Report on vaccination in Madras 1904-1921 - 1904-1921
Year: 1904
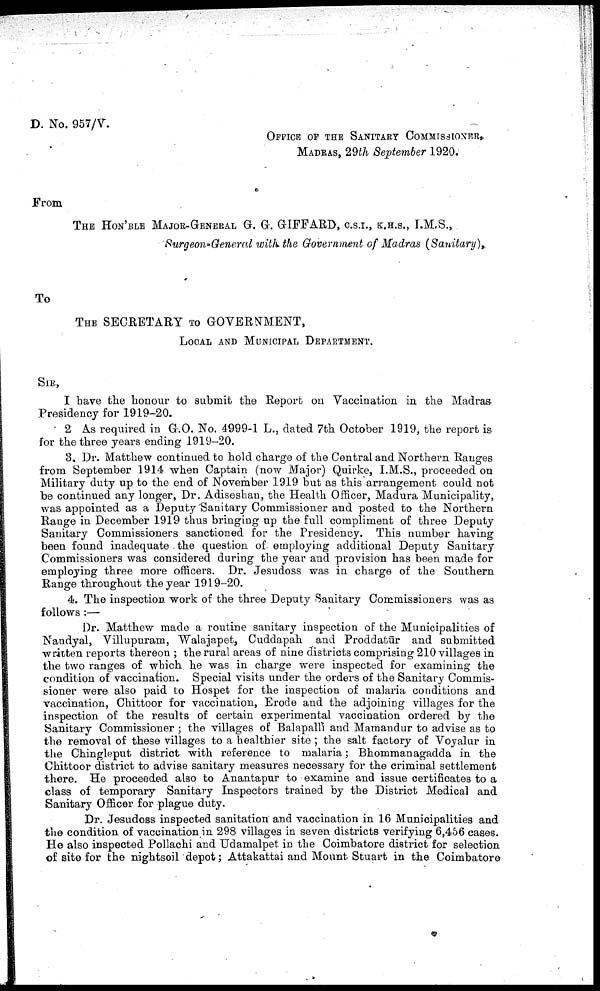
D. No. 957/V.
OFFICE OF THE SANITARY COMMISSIONER,
MADRAS, 29th September 1920.
From
THE HON' BLE MAJOR-GENERAL G. G. GIFFARD, C.S.I., K.H.S., I.M.S.,
Surgeon-General with the Government of Madras (Sanitary),.
To
THE SECRETARY TO GOVERNMENT,
LOCAL AND MUNICIPAL DEPARTMENT.
SIR,
I have the honour to submit the Report on Vaccination in the Madras
Presidency for 1919-20.
2 As required in G.O. No. 4999-1 L., dated 7th October 1919, the report is
for the three years ending 1919-20.
3. Dr. Matthew continued to hold charge of the Central and Northern Ranges
from September 1914 when Captain (now Major) Quirke, I.M.S., proceeded on
Military duty up to the end of November 1919 but as this arrangement could not
be continued any longer, Dr. Adiseshan, the Health Officer, Madura Municipality,
was appointed as a Deputy'Sanitary Commissioner and posted to the Northern
Range in December 1919 thus bringing up the full compliment of three Deputy
Sanitary Commissioners sanctioned for the Presidency. This number having
been found inadequate the question of employing additional Deputy Sanitary
Commissioners was considered during the year and provision has been made for
employing three more officers. Dr. Jesudoss was in charge of the Southern
Range throughout the year 1919-20.
4. The inspection work of the three Deputy Sanitary Commissioners was as
follows :—
Dr. Matthew made a routine sanitary inspection of the Municipalities of
Nandyal, Villupuram, Walajapet, Cuddapah and Proddatūr and submitted
written reports thereon ; the rural areas of nine districts comprising 210 villages in
the two ranges of which he was in charge were inspected for examining the
condition of vaccination. Special visits under the orders of the Sanitary Commis
sioner were also paid to Hospet for the inspection of malaria conditions and
vaccination, Chittoor for vaccination, Erode and the adjoining villages for the
inspection of the results of certain experimental vaccination ordered by the
Sanitary Commissioner ; the villages of Balapalli and Mamandur to advise as to
the removal of these villages to a healthier site; the salt factory of Voyalur in
the Chingleput district with reference to malaria; Bhommanagadda in the
Chittoor district to advise sanitary measures necessary for the criminal settlement
there. He proceeded also to Anantapur to examine and issue certificates to a
class of temporary Sanitary Inspectors trained by the District Medical and
Sanitary Officer for plague duty.
Dr. Jesudoss inspected sanitation and vaccination in 16 Municipalities and
the condition of vaccination.in 298 villages in seven districts verifying 6,456 cases.
He also inspected Pollachi and Udamalpet in the Coimbatore district for selection
of site for the nightsoil depot; Attakattai and Mount Stuart in the Coimbatore